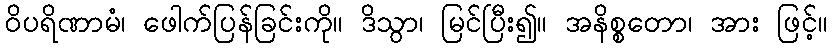
ဝိပရိဏာမံ၊ ဖေါက်ပြန်ခြင်းကို။ ဒိသွာ၊ မြင်ပြီး၍။ အနိစ္စတော၊ အား ဖြင့်။